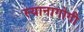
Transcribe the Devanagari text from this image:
स्यानागोगी